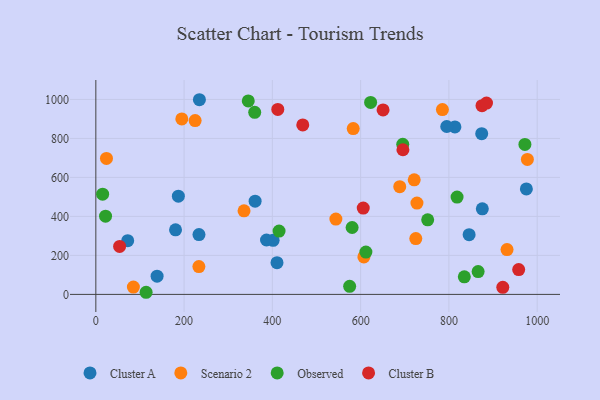
{"axis": {"x": "Price", "y": "Sales"}, "legend": ["Cluster A", "Cluster B", "Observed", "Scenario 2"], "data": [{"x": "813.6", "y": 858.9, "type": "Cluster A"}, {"x": "233.7", "y": 307.1, "type": "Cluster A"}, {"x": "187.0", "y": 503.9, "type": "Cluster A"}, {"x": "874.3", "y": 824.3, "type": "Cluster A"}, {"x": "180.6", "y": 331.4, "type": "Cluster A"}, {"x": "401.7", "y": 277.5, "type": "Cluster A"}, {"x": "138.8", "y": 93.7, "type": "Cluster A"}, {"x": "386.7", "y": 278.9, "type": "Cluster A"}, {"x": "845.8", "y": 306.5, "type": "Cluster A"}, {"x": "410.5", "y": 162.7, "type": "Cluster A"}, {"x": "875.7", "y": 439.1, "type": "Cluster A"}, {"x": "234.7", "y": 998.5, "type": "Cluster A"}, {"x": "975.5", "y": 541.0, "type": "Cluster A"}, {"x": "360.9", "y": 478.4, "type": "Cluster A"}, {"x": "795.1", "y": 861.1, "type": "Cluster A"}, {"x": "72.2", "y": 275.5, "type": "Cluster A"}, {"x": "785.3", "y": 948.1, "type": "Scenario 2"}, {"x": "721.4", "y": 587.5, "type": "Scenario 2"}, {"x": "194.8", "y": 899.8, "type": "Scenario 2"}, {"x": "688.6", "y": 552.4, "type": "Scenario 2"}, {"x": "233.5", "y": 142.6, "type": "Scenario 2"}, {"x": "543.9", "y": 386.4, "type": "Scenario 2"}, {"x": "931.7", "y": 230.0, "type": "Scenario 2"}, {"x": "24.1", "y": 697.4, "type": "Scenario 2"}, {"x": "335.8", "y": 428.5, "type": "Scenario 2"}, {"x": "85.1", "y": 37.6, "type": "Scenario 2"}, {"x": "977.8", "y": 692.3, "type": "Scenario 2"}, {"x": "607.3", "y": 192.0, "type": "Scenario 2"}, {"x": "583.2", "y": 850.3, "type": "Scenario 2"}, {"x": "727.6", "y": 468.5, "type": "Scenario 2"}, {"x": "225.0", "y": 891.7, "type": "Scenario 2"}, {"x": "725.0", "y": 286.3, "type": "Scenario 2"}, {"x": "695.4", "y": 769.8, "type": "Observed"}, {"x": "575.1", "y": 41.4, "type": "Observed"}, {"x": "622.6", "y": 984.5, "type": "Observed"}, {"x": "972.2", "y": 769.0, "type": "Observed"}, {"x": "580.7", "y": 343.1, "type": "Observed"}, {"x": "15.4", "y": 514.2, "type": "Observed"}, {"x": "611.9", "y": 217.1, "type": "Observed"}, {"x": "360.0", "y": 933.9, "type": "Observed"}, {"x": "834.9", "y": 90.1, "type": "Observed"}, {"x": "866.2", "y": 117.0, "type": "Observed"}, {"x": "415.2", "y": 324.9, "type": "Observed"}, {"x": "818.5", "y": 499.0, "type": "Observed"}, {"x": "22.0", "y": 401.4, "type": "Observed"}, {"x": "751.9", "y": 382.3, "type": "Observed"}, {"x": "345.4", "y": 992.2, "type": "Observed"}, {"x": "113.9", "y": 10.9, "type": "Observed"}, {"x": "958.1", "y": 127.4, "type": "Cluster B"}, {"x": "695.8", "y": 742.0, "type": "Cluster B"}, {"x": "922.1", "y": 36.5, "type": "Cluster B"}, {"x": "650.8", "y": 946.0, "type": "Cluster B"}, {"x": "412.3", "y": 948.9, "type": "Cluster B"}, {"x": "875.0", "y": 967.9, "type": "Cluster B"}, {"x": "885.2", "y": 981.2, "type": "Cluster B"}, {"x": "468.9", "y": 869.5, "type": "Cluster B"}, {"x": "605.9", "y": 442.8, "type": "Cluster B"}, {"x": "53.9", "y": 246.3, "type": "Cluster B"}]}